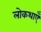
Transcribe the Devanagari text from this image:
लोकथाएँ